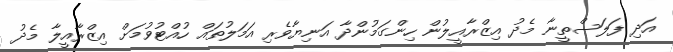
އަދި ފަލަސްތީނާ މެދު އިޒްރާއީލުން ހިންގަމުންދާ އަނިޔާވެރި އަމަލުތައް ހުއްޓުވުމަށް އިޒްރާއީލާ މެދު